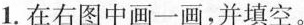
1.在右图中画一画，并填空。